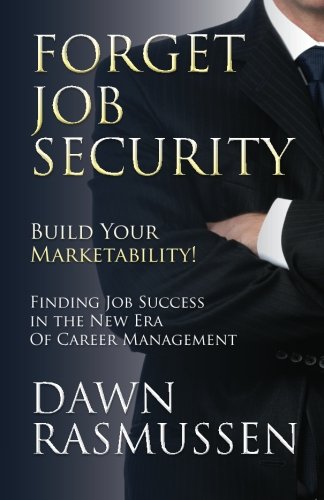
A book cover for Forget Job Security: Build Your Marketability!: Finding Job Success in the New Era Of Career Management; Dawn Rasmussen; Business & Money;